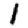
Digit: 1